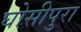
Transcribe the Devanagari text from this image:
घोसीपुरा